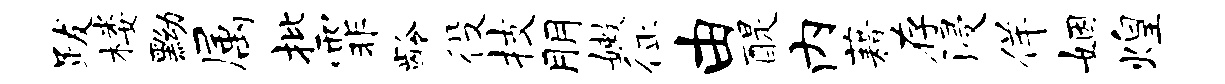
跋楼黝属批霏龄役技朋嫩征由醍内藉存浸佯姻煌